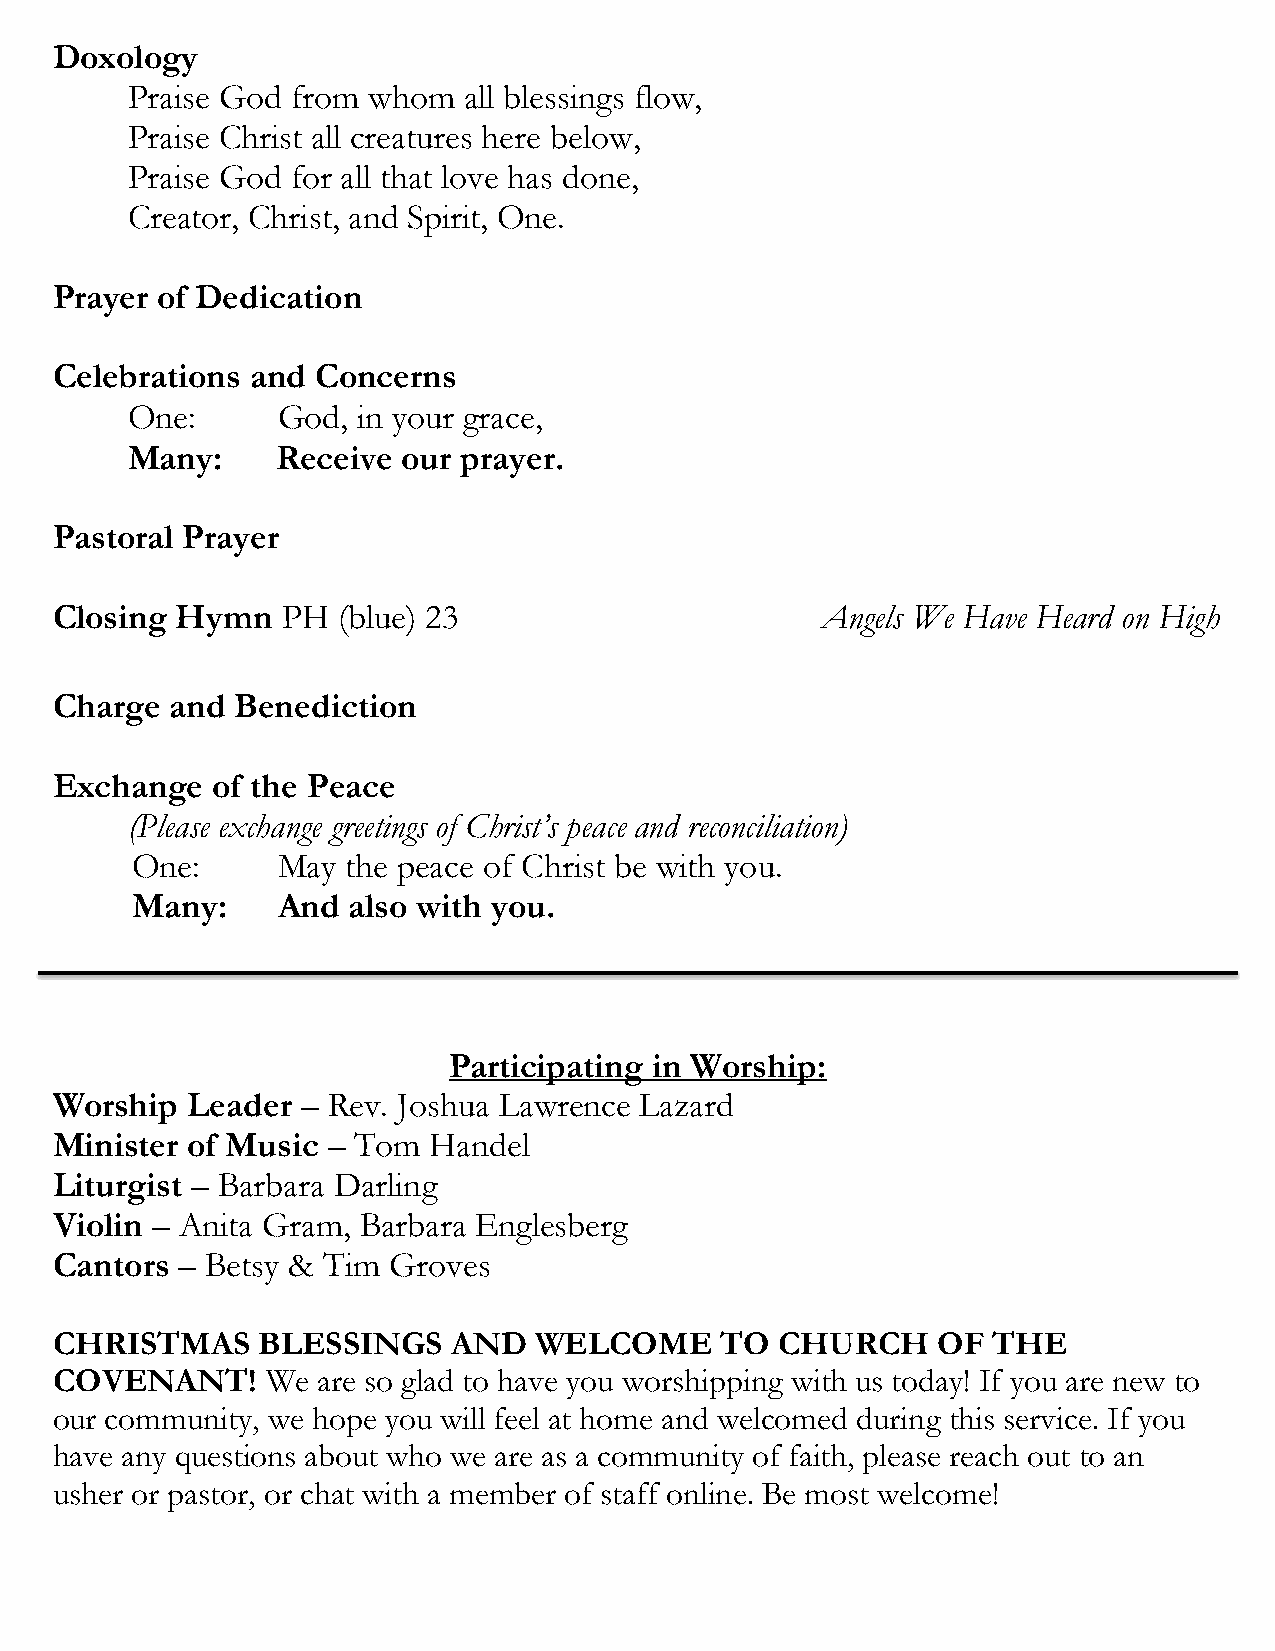
Doxology
 Praise God from whom   all blessings flow,
 Praise Christ all creatures here below,
 Praise God for all that love has done,
 Creator, Christ, and Spirit, One.
 Prayer of Dedication
 Celebrations  and Concerns
 One:      God,  in your grace,
 Many:     Receive  our prayer.
 Pastoral Prayer
 Closing  Hymn   PH (blue) 23                       Angels We Have Heard on High
 Charge  and  Benediction
 Exchange   of the Peace
 (Please exchange greetings of Christ’s peace and reconciliation)
 One:     May  the peace of Christ be with you.
 Many:    And  also with you.
 Participating in Worship:
 Worship  Leader  – Rev. Joshua Lawrence Lazard
 Minister of Music  – Tom Handel
 Liturgist – Barbara Darling
 Violin – Anita Gram, Barbara Englesberg
 Cantors  – Betsy & Tim Groves
 CHRISTMAS     BLESSINGS    AND  WELCOME      TO  CHURCH    OF  THE
 COVENANT!      We are so glad to have you worshipping with us today! If you are new to
 our community, we hope you will feel at home and welcomed during this service. If you
 have any questions about who we are as a community of faith, please reach out to an
 usher or pastor, or chat with a member of staff online. Be most welcome!